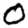
Digit: 0